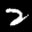
Label: 2